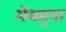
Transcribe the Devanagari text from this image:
मेंयमुना